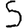
Digit: 5